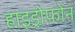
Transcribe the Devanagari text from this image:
हाइड्रोफोन